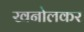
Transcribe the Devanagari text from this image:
खनोलकर